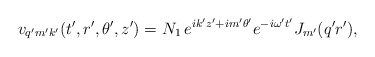
\begin{align*}v_{q'm'k'}(t',r',\theta',z')=N_1\,e^{ik'z'+im'\theta'} e^{-i\omega't'}J_{m'}(q'r'),\end{align*}